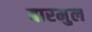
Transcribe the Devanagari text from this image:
बारमुल